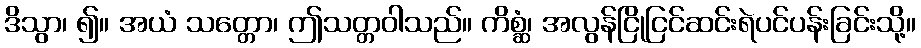
ဒိသွာ၊ ၍။ အယံ သတ္တော၊ ဤသတ္တဝါသည်။ ကိစ္ဆံ၊ အလွန်ငြိုငြင်ဆင်းရဲပင်ပန်းခြင်းသို့။